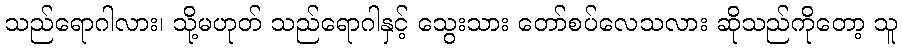
သည်ရောဂါလား၊ သို့မဟုတ် သည်ရောဂါနှင့် သွေးသား တော်စပ်လေသလား ဆိုသည်ကိုတော့ သူ